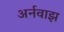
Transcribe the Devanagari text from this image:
अर्नवाझ